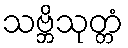
သဗ္ဘိသုတ္တံ